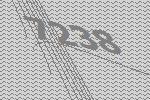
7238